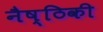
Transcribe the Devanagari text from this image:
नैष्ठिकी